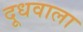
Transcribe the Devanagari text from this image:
दूधवाला